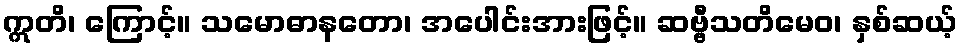
ဣတိ၊ ကြောင့်။ သမောဓာနတော၊ အပေါင်းအားဖြင့်။ ဆဗ္ဗီသတိမေဝ၊ နှစ်ဆယ့်